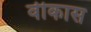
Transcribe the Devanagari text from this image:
वीकास